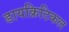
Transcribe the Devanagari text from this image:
डायक्रिटिकल